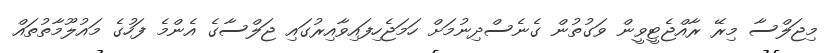
މިޖަލްސާ މިރޭ ރާއްޖެޓީވީން ވަގުތުން ގެނެސްދިނުމަށް ހަމަޖެހިފައިވާއިރުގައި ޖަލްސާގެ އެންމެ ފަހުގެ މައުލޫމާތުތައް